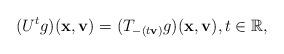
LaTeX: \begin{align*} (U^{t}g)(\mathbf{x},\mathbf{v})=(T_{-(t\mathbf{v})}g)(\mathbf{x},\mathbf{v}),t\in \mathbb{R},\end{align*}